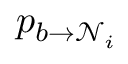
p _ { b \to \mathcal N _ { i } }